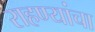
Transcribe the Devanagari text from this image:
राहण्यांचा